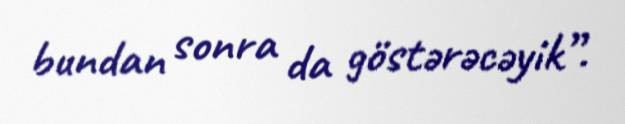
bundan sonra da göstərəcəyik”.